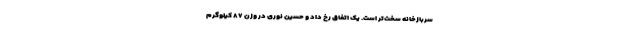
سربازخانه سخت‌تر است. یک اتفاق رخ داد و حسین نوری در وزن ۸۷ کیلوگرم